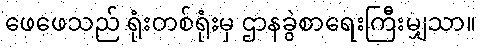
ဖေဖေသည် ရုံးတစ်ရုံးမှ ဌာနခွဲစာရေးကြီးမျှသာ။